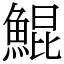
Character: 鯤